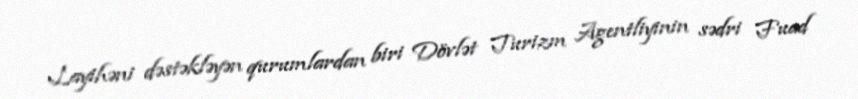
Layihəni dəstəkləyən qurumlardan biri Dövlət Turizm Agentliyinin sədri Fuad